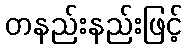
တနည်းနည်းဖြင့်